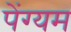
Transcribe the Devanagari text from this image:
पेंग्यम